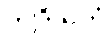
ဤဒိသကံ